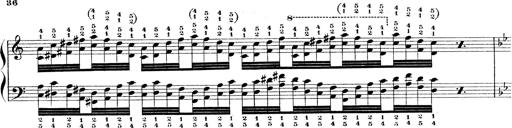
Title: Technische Studien
Composer: Franz Liszt